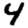
Digit: 4